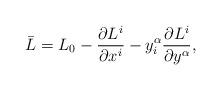
LaTeX: \begin{align*}\bar{L}=L_{0}-\frac{\partial L^{i}}{\partial x^{i}}-y_{i}^{\alpha }\frac{\partial L^{i}}{\partial y^{\alpha }},\end{align*}